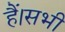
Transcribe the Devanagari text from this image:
हैं।सभी